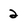
Character: 2